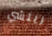
ريتشي